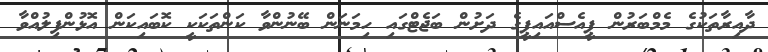
ދާއިރާތަކުގެ މެމްބަރުން ޕީއެސްއައިޕީގެ ދަށުން ބަޖެޓްގައި ހިމަނަން ބޭނުންވާ ކަންތަކަކީ ކޮބައިކަން އޮޅުންފިލުއްވާ